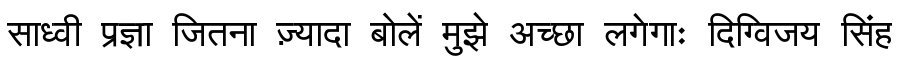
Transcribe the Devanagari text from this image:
साध्वी प्रज्ञा जितना ज़्यादा बोलें मुझे अच्छा लगेगाः दिग्विजय सिंह